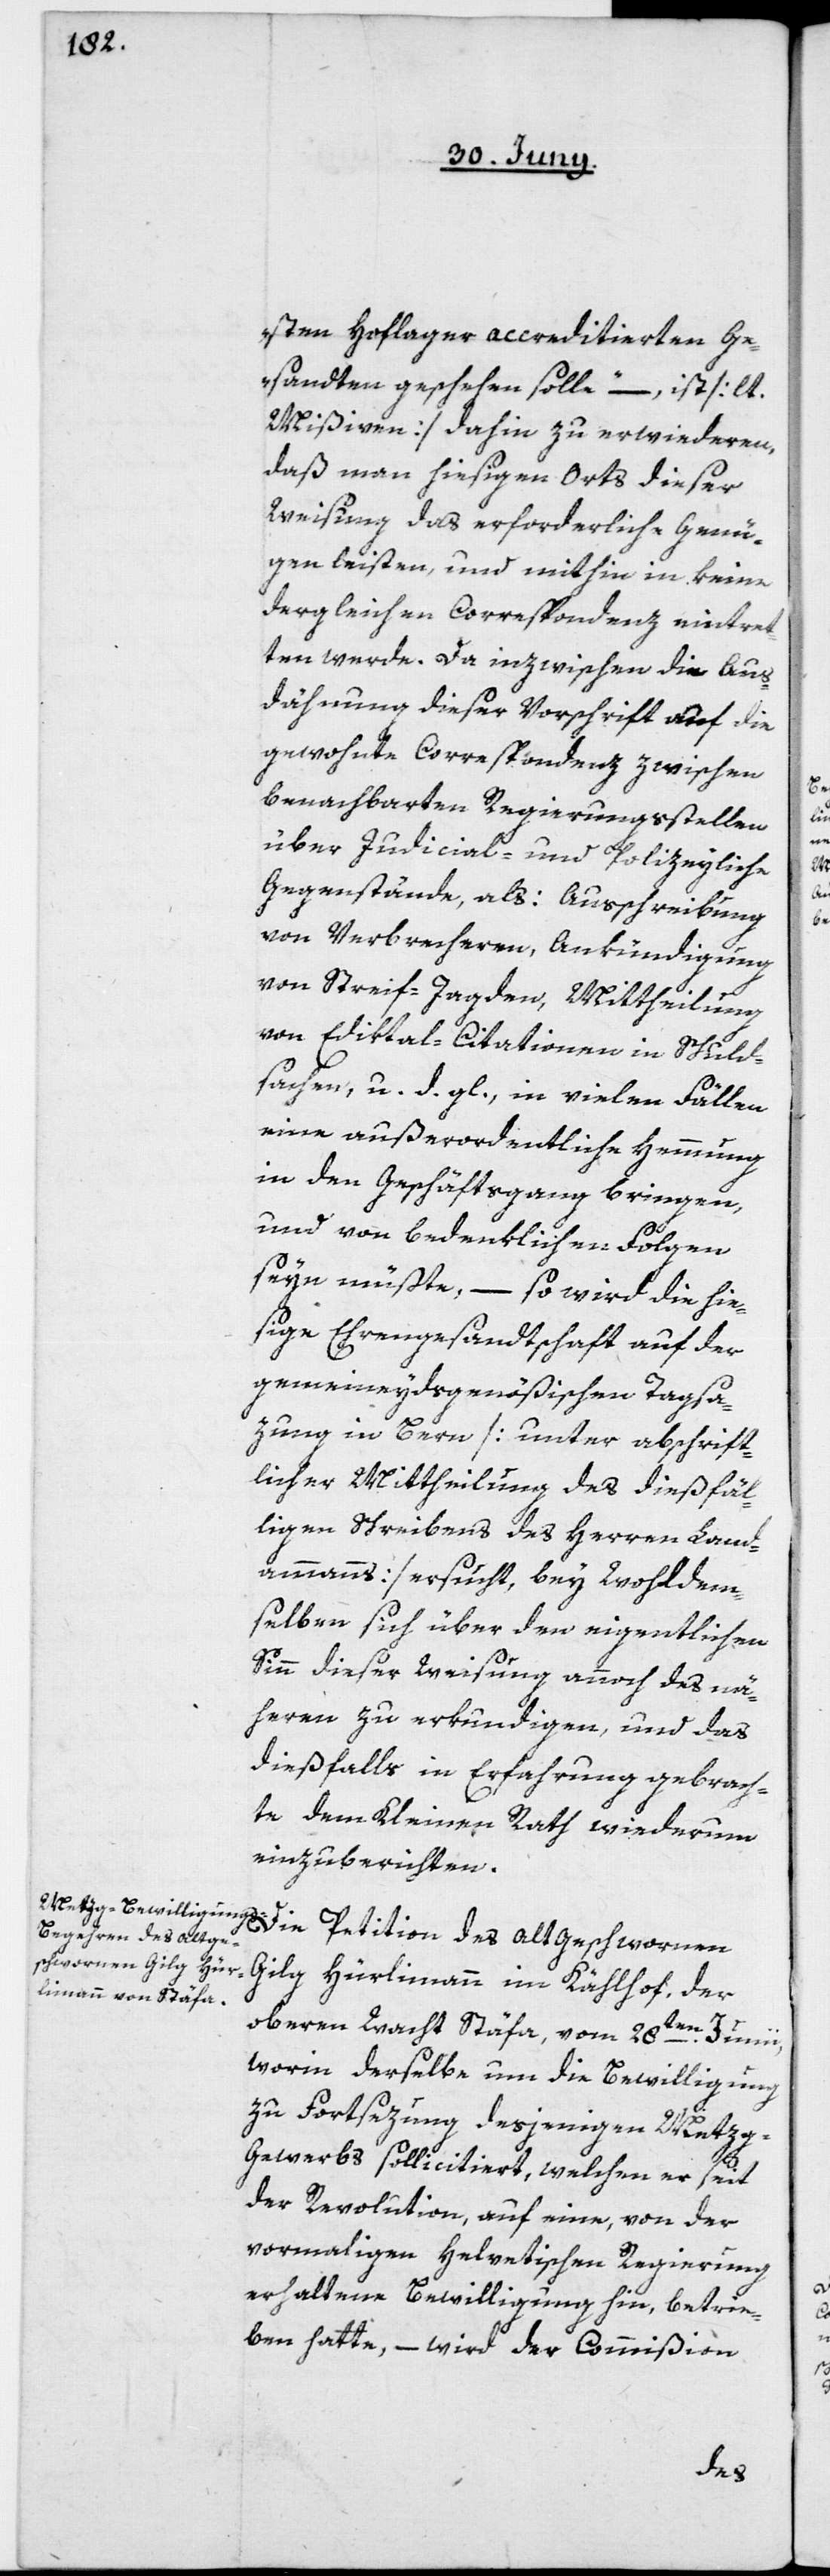
sten Hoflager accreditierten Ge¬
sandten geschehen solle“, – ist [lt.
Mißiven] dahin zu erwideren,
daß man hiesigen Orts dieser
Weisung das erforderliche Genü¬
gen leisten, und mithin in keine
dergleichen Correspondenz eintret¬
ten werde. Da inzwischen die Aus¬
dähnung dieser Vorschrift auf die
gewohnte Correspondenz zwischen
benachbarten Regierungsstellen
über Judicial- und polizeyliche
Gegenstände, als: Ausschreibung
von Verbrechern, Ankündigung
von Streif-Jagden, Mittheilung
von Ediktal-Citationen in Schuld¬
sachen, u. d. gl., in vielen Fällen
eine außerordentliche Hemmung
in den Geschäftsgang bringen,
und von bedenklichen Folgen
seyn müßte, – so wird die hie¬
sige Ehrengesandtschaft auf der
gemeineydsgenößischen Tagsa¬
zung in Bern [unter abschrift¬
licher Mittheilung des dießfäl¬
ligen Schreibens des Herren Land¬
ammanns] ersucht, bey Wohldem¬
selben sich über den eigentlichen
Sinn dieser Weisung annoch des nä¬
hern zu erkundigen, und das
dießfalls in Erfahrung gebrach¬
te dem Kleinen Rath wiederum
einzuberichten.
Gilg Hürlimann im Kählhof, der
oberen Wacht Stäfa, vom 28ten Junii,
worin derselbe um die Bewilligung
zu Fortsezung desjenigen Metz¬
g-Gewerbs sollicitiert, welchen er seit
der Revolution, auf eine, von der
vormaligen Helvetischen Regierung
erhaltene Bewilligung hin, betrie¬
ben hatte, – wird der Commißion
des